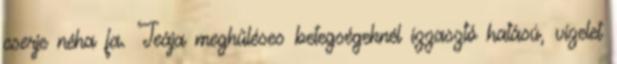
cserje néha fa. Teája meghűléses betegségeknél izzasztó hatású, vizelet